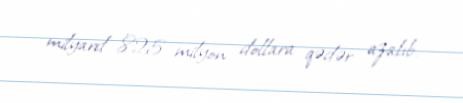
milyard 825 milyon dollara qədər azalıb.